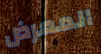
المعرض